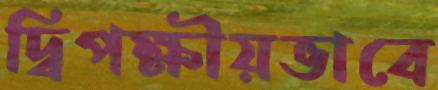
দ্বিপক্ষীয়ভাবে